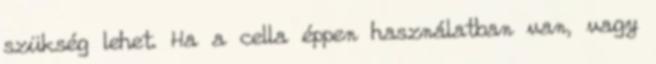
szükség lehet. Ha a cella éppen használatban van, vagy